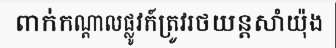
ពាក់កណ្តាលផ្លូវក៍ត្រូវរថយន្តសាំយ៉ុង